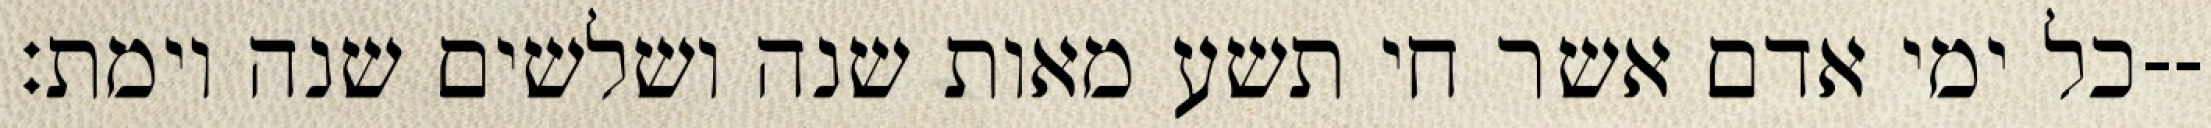
כל ימי אדם אשר חי תשע מאות שנה ושלשים שנה וימת׃--